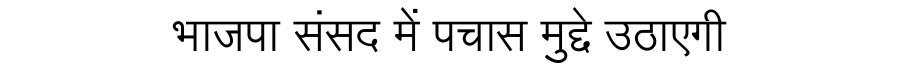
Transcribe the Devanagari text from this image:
भाजपा संसद में पचास मुद्दे उठाएगी